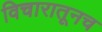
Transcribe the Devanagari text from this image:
विचारातूनच